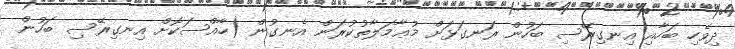
ދިވެހި ބަހާއި އިނގިރޭސި ބަހުން ރަނގަޅަށް މުޢާމަލާތުކުރަން އެނގުން (ހާއްސަކޮށް އިނގިރޭސި ބަހުން